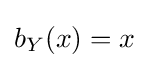
b_{Y}(x)=x